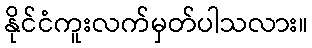
နိုင်ငံကူးလက်မှတ်ပါသလား။